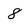
Character: 8